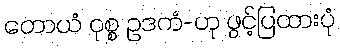
တောယံ ဝုစ္စ ဥဒကံ-ဟု ဖွင့်ပြထားပုံ